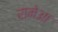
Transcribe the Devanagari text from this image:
रामेआ